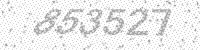
Solution: 853527